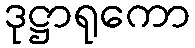
ဒုဋ္ဌာရုကော